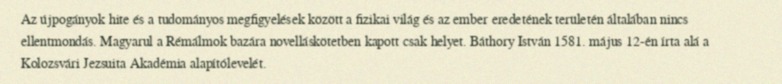
Az újpogányok hite és a tudományos megfigyelések között a fizikai világ és az ember eredetének területén általában nincs ellentmondás. Magyarul a Rémálmok bazára novelláskötetben kapott csak helyet. Báthory István 1581. május 12-én írta alá a Kolozsvári Jezsuita Akadémia alapítólevelét.